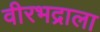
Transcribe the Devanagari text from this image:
वीरभद्राला